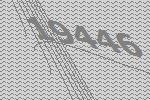
19446